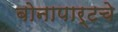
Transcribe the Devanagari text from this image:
बोनापार्टचे